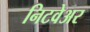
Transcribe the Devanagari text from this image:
निटवेअर